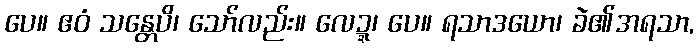
ပေ။ ဧဝံ သန္တေပိ၊ သော်လည်း။ လေဍ္ဍ၊ ပေ။ ရသာဒယော၊ ခဲ၏အရသာ,